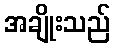
အချိုးသည်